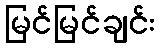
မြင်မြင်ချင်း